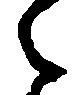
々